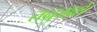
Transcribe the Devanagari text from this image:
तनुजासे